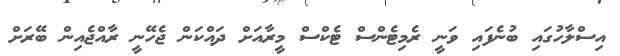
އިސްލާހުގައި ބުނެފައި ވަނީ ރެމިޓެންސް ޓެކްސް މީރާއަށް ދައްކަން ޖެހޭނީ ރާއްޖެއިން ބޭރަށް